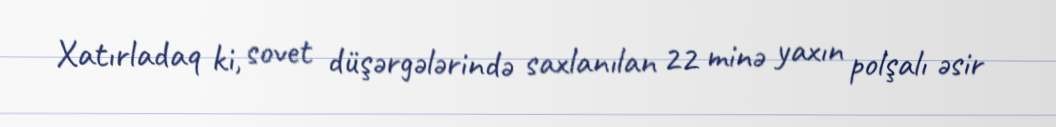
Xatırladaq ki, sovet düşərgələrində saxlanılan 22 minə yaxın polşalı əsir